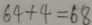
6 4 + 4 = 6 8